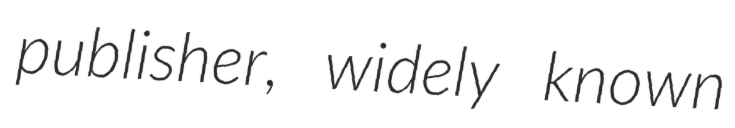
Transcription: publisher, widely known